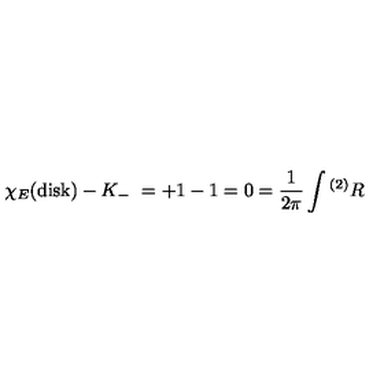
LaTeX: \chi _ { E } ( \mathrm { d i s k } ) - K _ { - } \ = + 1 - 1 = 0 = { \frac { 1 } { 2 \pi } } \int { } ^ { ( 2 ) } R